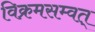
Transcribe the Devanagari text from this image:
विक्रमसम्वत्